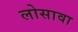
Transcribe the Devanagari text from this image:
लोसावा